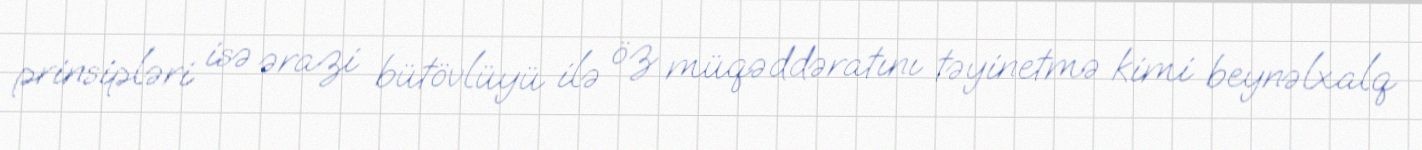
prinsipləri isə ərazi bütövlüyü ilə öz müqəddəratını təyinetmə kimi beynəlxalq